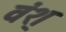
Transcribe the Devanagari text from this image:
वंश्